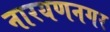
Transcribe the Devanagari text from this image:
नारयणनगर